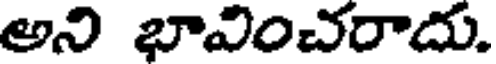
అని భావించరాదు.